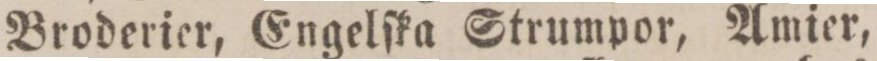
Broderier, Engelſka Strumpor, Amier,